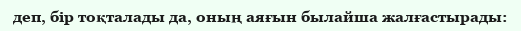
деп, бір тоқталады да, оның аяғын былайша жалғастырады: